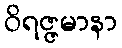
ဝိရဇ္ဇမာနာ